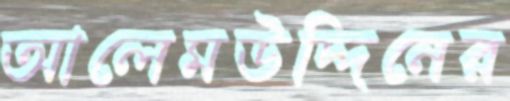
আলেমউদ্দিনের